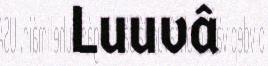
Luuvâ